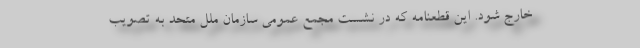
خارج شود. این قطعنامه که در نشست مجمع عمومی سازمان ملل متحد به تصویب